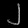
Digit: ၂